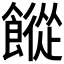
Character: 𩞆